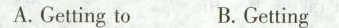
A.etting to B.Getting